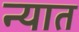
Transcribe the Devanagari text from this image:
न्यात